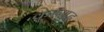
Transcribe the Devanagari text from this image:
कुरुयद्ध